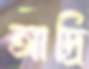
আদ্রি